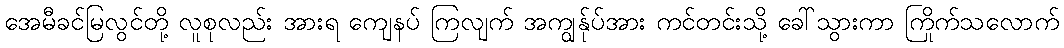
အေမီခင်မြလွင်တို့ လူစုလည်း အားရ ကျေနပ် ကြလျက် အကျွန်ုပ်အား ကင်တင်းသို့ ခေါ်သွားကာ ကြိုက်သလောက်